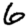
Digit: 6